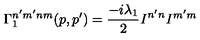
\Gamma _ { 1 } ^ { n ^ { \prime } m ^ { \prime } n m } ( p , p ^ { \prime } ) = \frac { - i \lambda _ { 1 } } { 2 } { \it I } ^ { n ^ { \prime } n } { \it I } ^ { m ^ { \prime } m }